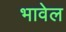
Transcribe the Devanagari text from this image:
भावेल